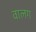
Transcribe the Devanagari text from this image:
वालग